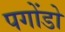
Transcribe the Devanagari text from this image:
पगोंडो